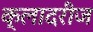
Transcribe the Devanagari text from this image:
क्लादरीज